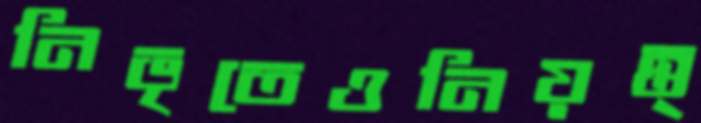
নিভৃতেওনিয়ন্ত্